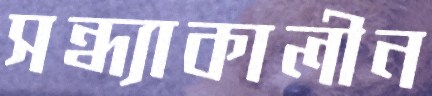
সন্ধ্যাকালীন